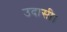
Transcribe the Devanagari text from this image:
उदासी।